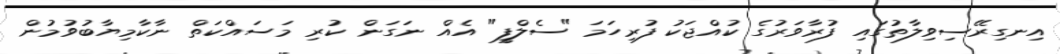
އިނގިރޭސިވިލާތުގައި ފުރާވަރުގެ ކުއްޖަކު ފުރިހަމަ "ސެލްފީ" އެއް ނަގަން ކުރި މަސައްކަތް ނާކާމިޔާބުވުމުން